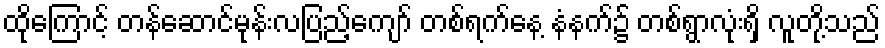
ထိုကြောင့် တန်ဆောင်မုန်းလပြည့်ကျော် တစ်ရက်နေ့ နံနက်၌ တစ်ရွာလုံးရှိ လူတို့သည်